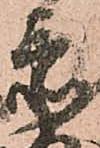
忝